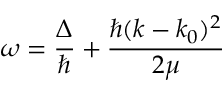
\omega = \frac { \Delta } { \hbar } + \frac { \hbar ( k - k _ { 0 } ) ^ { 2 } } { 2 \mu }